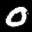
Label: 0